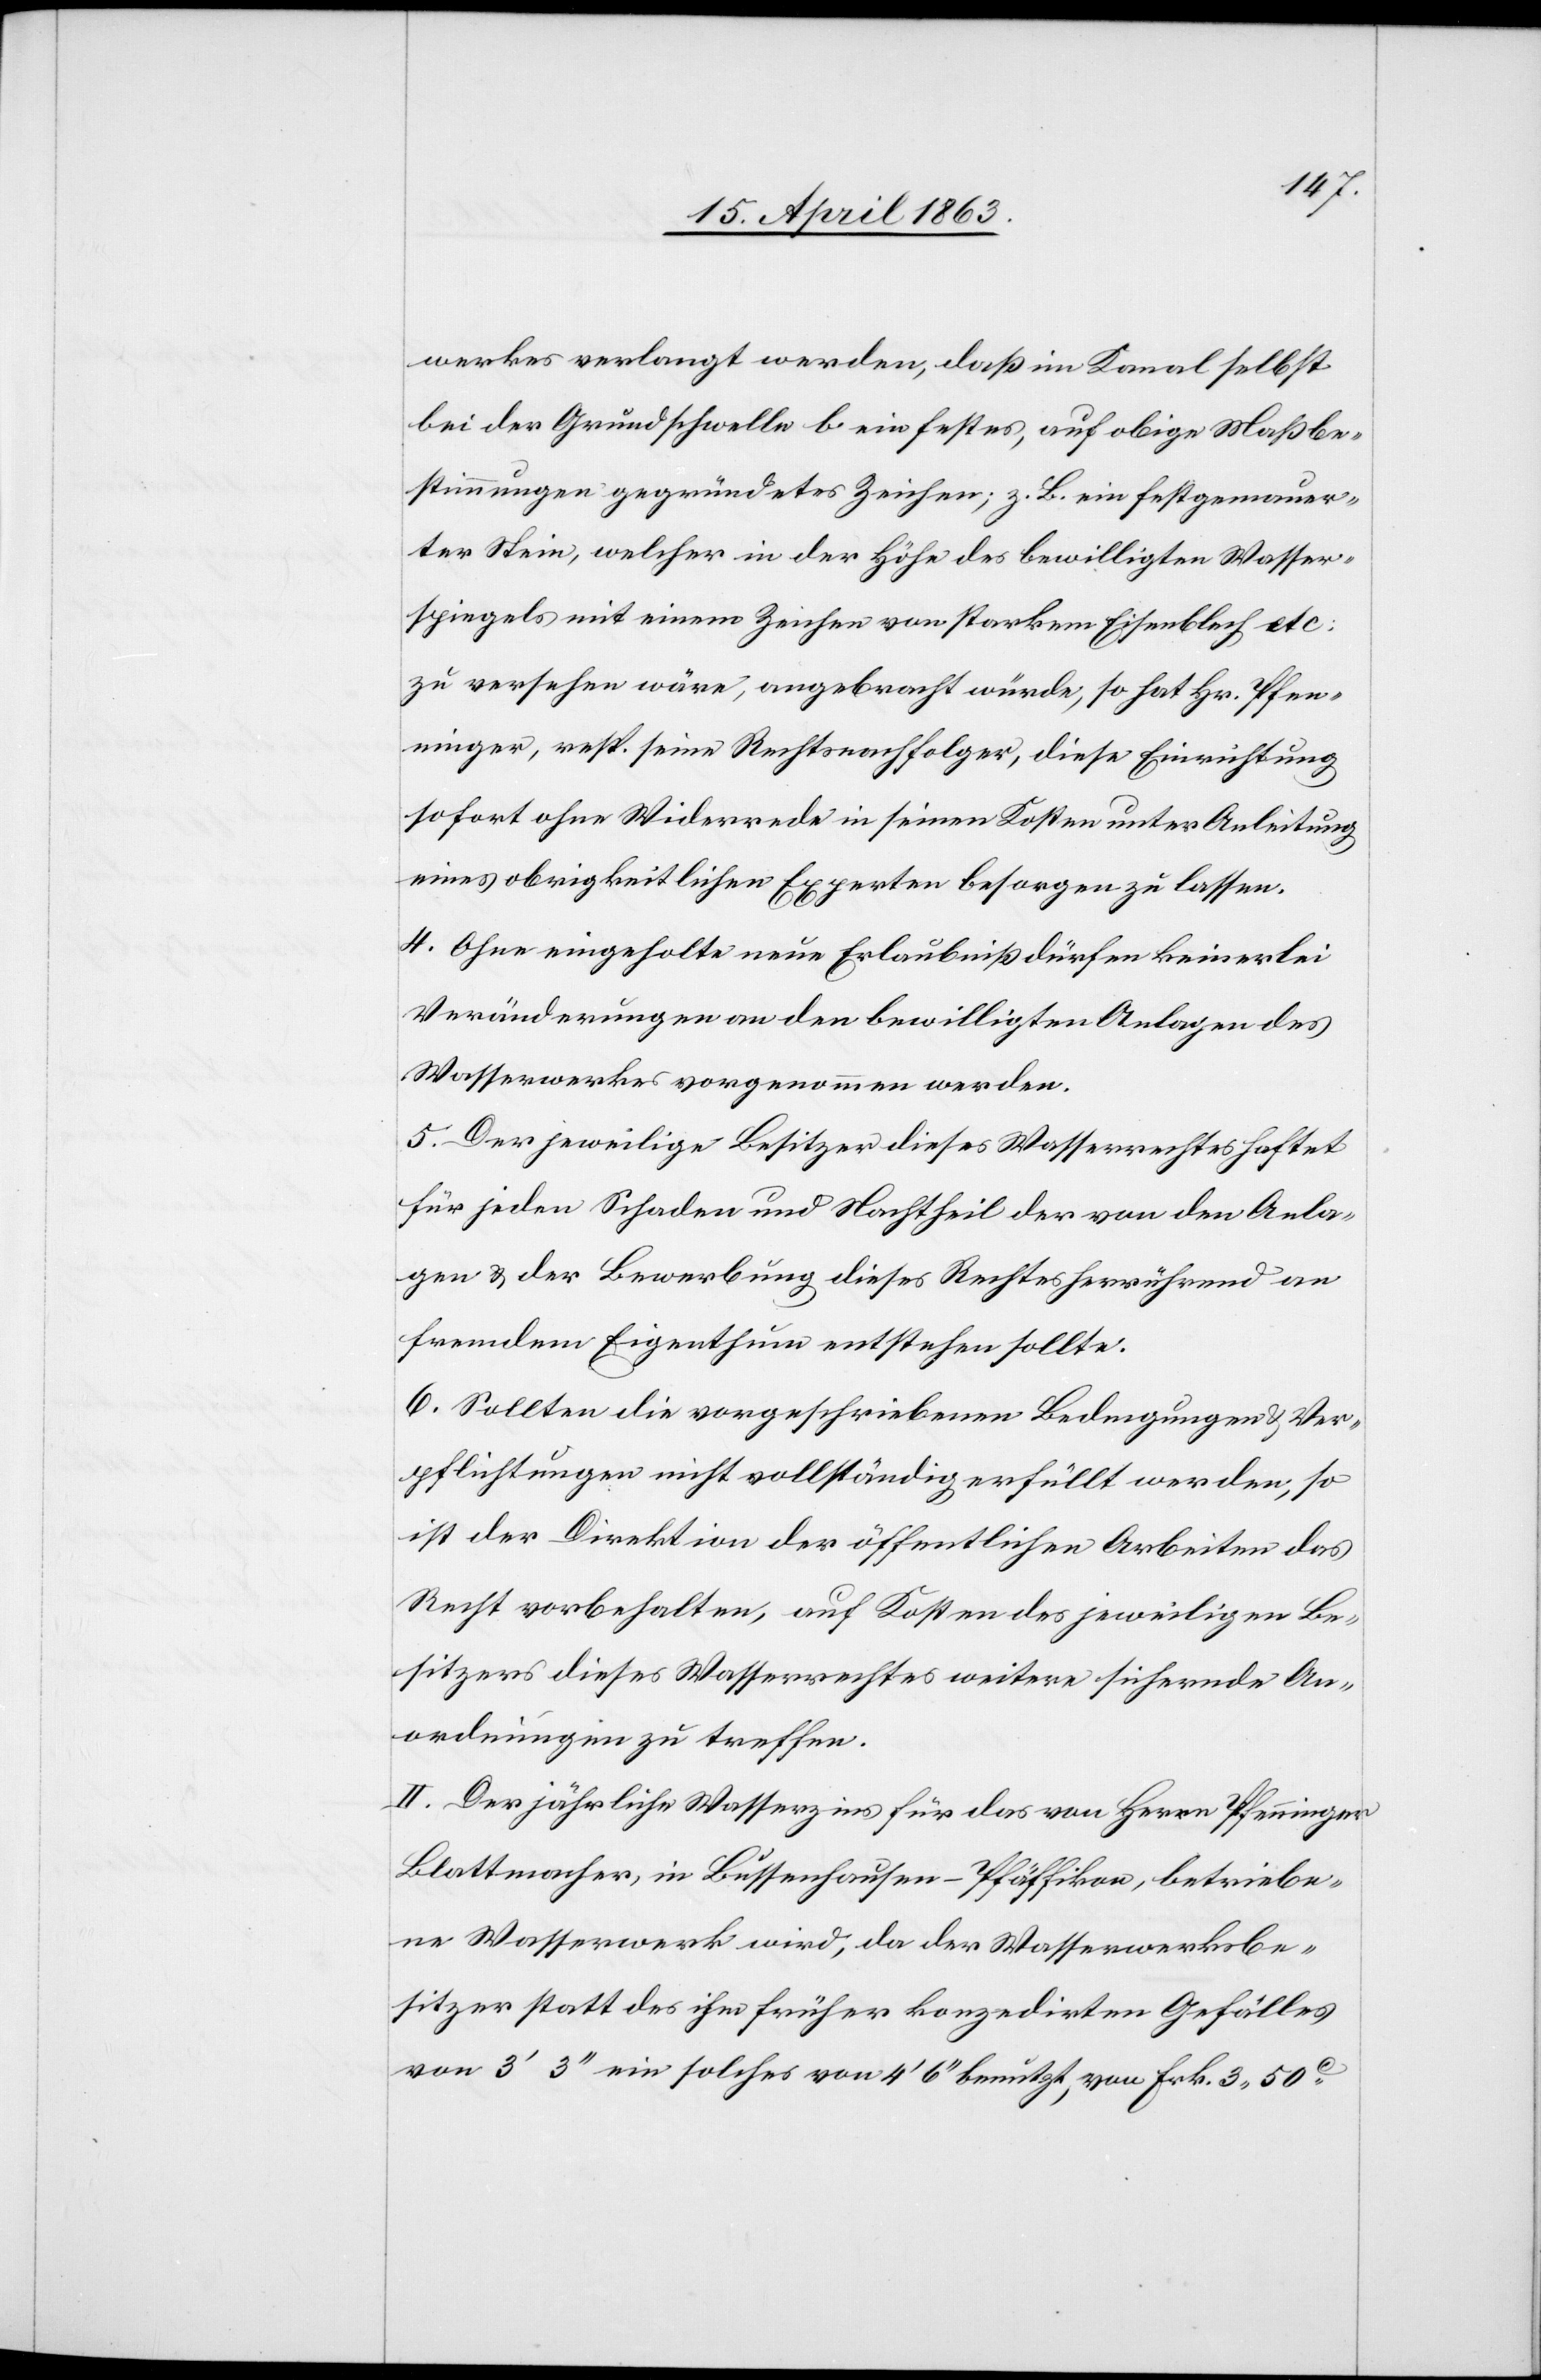
werkes verlangt werden, daß im Kanal selbst
bei der Grundschwelle b ein festes, auf obige Maßbe¬
stimmungen gegründetes Zeichen; z. B. ein festgemauer¬
ter Stein, welcher in der Höhe des bewilligten Wasser¬
spiegels mit einem Zeichen von starkem Eisenblech etc.
zu versehen wäre, angebracht würde, so hat Hr. Pfen¬
ninger, resp. seine Rechtsnachfolger, diese Einrichtung
sofort ohne Widerrede in seinen Kosten unter Anleitung
eines obrigkeitlichen Experten besorgen zu lassen.
4. Ohne eingeholte neue Erlaubniß dürfen keinerlei
Veränderungen an den bewilligten Anlagen des
Wasserwerkes vorgenommen werden.
5. Der jeweilige Besitzer dieses Wasserrechtes haftet
für jeden Schaden und Nachtheil der von den Anla¬
gen & der Bewerbung dieses Rechtes herrührend an
fremdem Eigenthum entstehen sollte.
6. Sollten die vorgeschriebenen Bedingungen & Ver¬
pflichtungen nicht vollständig erfüllt werden, so
ist der Direktion der öffentlichen Arbeiten das
Recht vorbehalten, auf Kosten des jeweiligen Be¬
sitzers dieses Wasserrechtes weitere sichernde An¬
ordnungen zu treffen.
II. Der jährliche Wasserzins für das von Herrn Pfenninger
Blattmacher, in Bussenhausen – Pfäffikon, betriebe¬
ne Wasserwerk wird, da der Wasserwerksbe¬
sitzer statt des ihm früher konzedirten Gefälles
von 3' 3'' ein solches von 4' 6'' benutzt, von Frk. 3. 50c